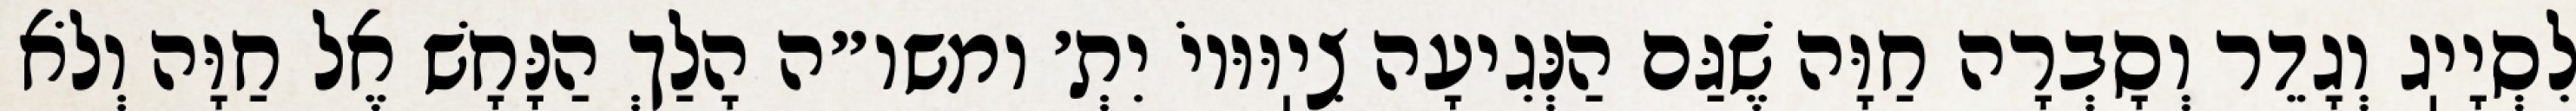
לִסְיָיֽג וְגָדֵר וְסָבְרָה חַוָּה שֶׁגַּם הַנְּגִיעָה צִיֽוּוּיוֹ יִתְ׳ ומשו״ה הָלַךְ הַנָּחָשׁ אֶל חַוָּה וְלֹא